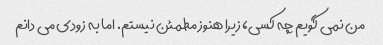
من نمی گویم چه کسی، زیرا هنوز مطمئن نیستم. اما به زودی می دانم